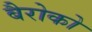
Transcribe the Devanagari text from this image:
बैरोको